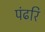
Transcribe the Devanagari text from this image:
पंढरि